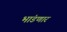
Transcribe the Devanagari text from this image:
भांडणार